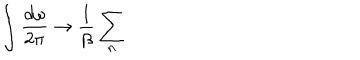
\int \frac { d \omega } { 2 \pi } \rightarrow \frac { 1 } { \beta } \sum _ { n }